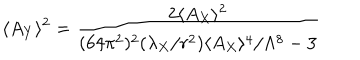
LaTeX: \langle A _ { Y } \rangle ^ { 2 } = { \frac { 2 \langle A _ { X } \rangle ^ { 2 } } { ( 6 4 \pi ^ { 2 } ) ^ { 2 } ( \lambda _ { X } / r ^ { 2 } ) \langle A _ { X } \rangle ^ { 4 } / \Lambda ^ { 8 } - 3 } }